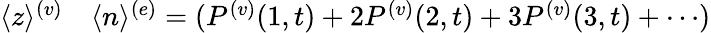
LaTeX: \begin{array}{rl}{\langle z\rangle^{(v)}}&{{}\langle n\rangle^{(e)}=(P^{(v)}(1,t)+2P^{(v)}(2,t)+3P^{(v)}(3,t)+\cdots)}\end{array}